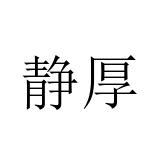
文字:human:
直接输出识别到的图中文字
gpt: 静厚